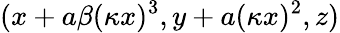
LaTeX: (x+a\beta(\kappa x)^{3},y+a(\kappa x)^{2},z)